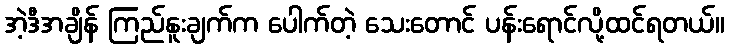
အဲ့ဒီအချိန် ကြည်နူးချက်က ပေါက်တဲ့ သေးတောင် ပန်းရောင်လို့ထင်ရတယ်။